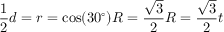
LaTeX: { \frac { 1 } { 2 } } d = r = \cos ( 3 0 ^ { \circ } ) R = { \frac { \sqrt { 3 } } { 2 } } R = { \frac { \sqrt { 3 } } { 2 } } t